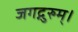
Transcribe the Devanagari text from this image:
जगद्गुरुम्।